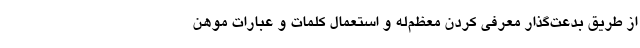
از طریق بدعت‌گذار معرفی کردن معظم‌له و استعمال کلمات و عبارات موهن